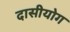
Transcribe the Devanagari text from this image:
दासीयोग